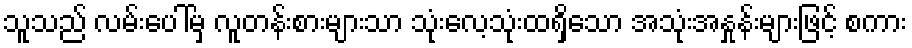
သူသည် လမ်းပေါ်မှ လူတန်းစားများသာ သုံးလေ့သုံးထရှိသော အသုံးအနှုန်းများဖြင့် စကား